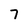
Character: 7